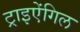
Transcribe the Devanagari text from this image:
ट्राइऐंगिल